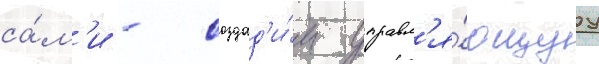
са́м'и - создад'и́м управл'я́ющуу